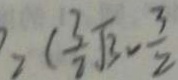
> ( \frac { 3 } { 7 } \sqrt { 3 } - \frac { 3 } { 2 }